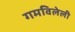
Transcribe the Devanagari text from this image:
गमविलेली